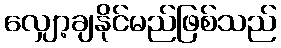
လျှော့ချနိုင်မည်ဖြစ်သည်